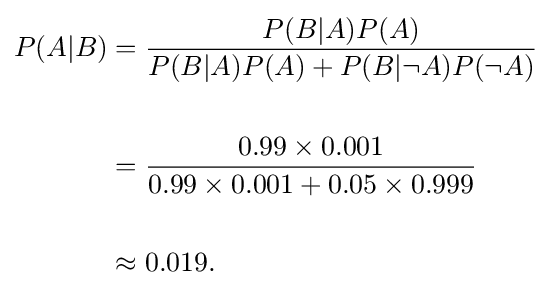
{\begin{aligned}P(A|B)&={\frac {P(B|A)P(A)}{P(B|A)P(A)+P(B|\neg A)P(\neg A)}}\\\\&={\frac {0.99\times 0.001}{0.99\times 0.001+0.05\times 0.999}}\\~\\&\approx 0.019.\end{aligned}}